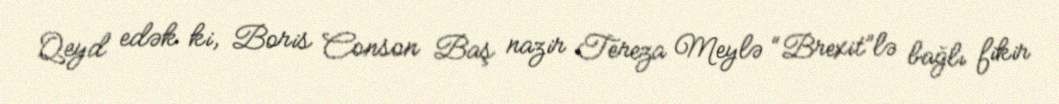
Qeyd edək ki, Boris Conson Baş nazir Tereza Meylə “Brexit”lə bağlı fikir